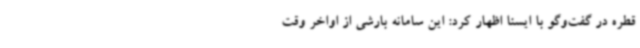
قطره در گفت‌وگو با ایسنا اظهار کرد: این سامانه بارشی از اواخر وقت